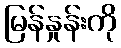
မြန်နှုန်းကို